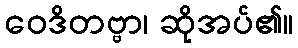
ဝေဒိတဗ္ဗာ၊ ဆိုအပ်၏။